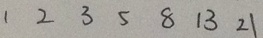
1 2 3 5 8 1 3 2 1